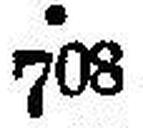
708